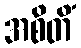
အစိတိံ